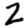
Digit: 2